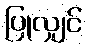
ပြုလျှင်